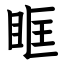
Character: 眶